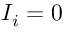
I _ { i } = 0